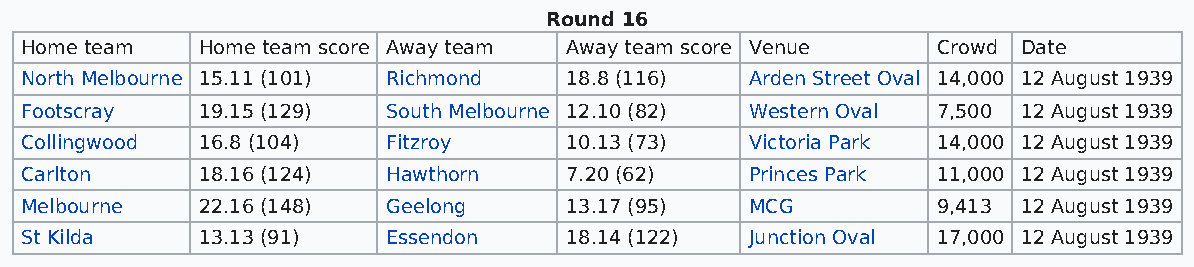
Round 16
 Home team   Home team score Away team Away team score Venue  Crowd Date
 North Melbourne 15.11 (101) Richmond 18.8 (116)  Arden Street Oval 14,000 12 August 1939
 Footscray   19.15 (129)  South Melbourne 12.10 (82) Western Oval 7,500 12 August 1939
 Collingwood 16.8 (104)   Fitzroy    10.13 (73)   Victoria Park 14,000 12 August 1939
 Carlton     18.16 (124)  Hawthorn   7.20 (62)    Princes Park 11,000 12 August 1939
 Melbourne   22.16 (148)  Geelong    13.17 (95)   MCG         9,413 12 August 1939
 St Kilda    13.13 (91)   Essendon   18.14 (122)  Junction Oval 17,000 12 August 1939